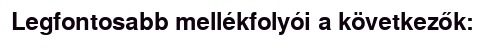
Legfontosabb mellékfolyói a következők: